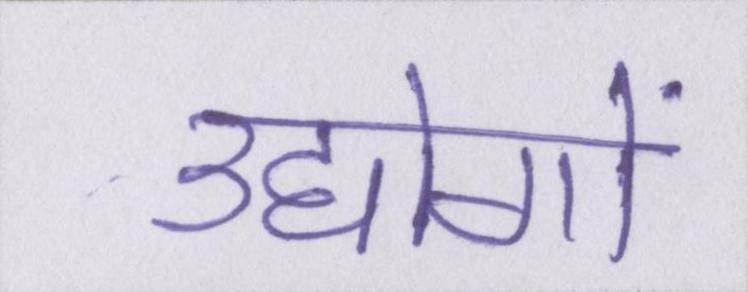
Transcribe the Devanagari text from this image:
उद्दोगों